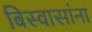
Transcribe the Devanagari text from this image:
बिस्वासांना